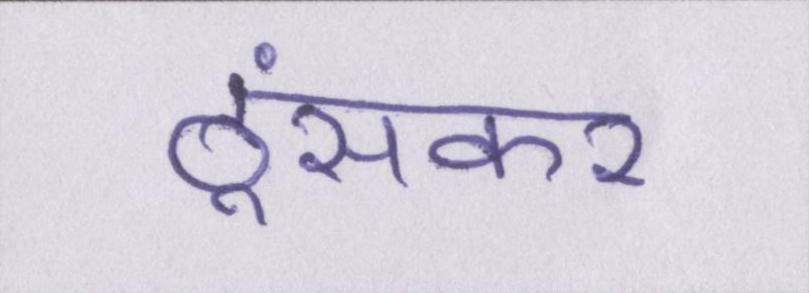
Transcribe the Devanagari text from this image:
ठूंसकर